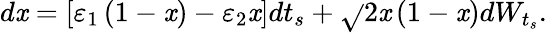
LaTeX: d\mathit{x}=\left[\varepsilon_{1}\left(1-\mathit{x}\right)-\varepsilon_{2}\mathit{x}\right]dt_{s}+\sqrt{}{{2\mathit{x}\left(1-\mathit{x}\right)}}dW_{t_{s}}.